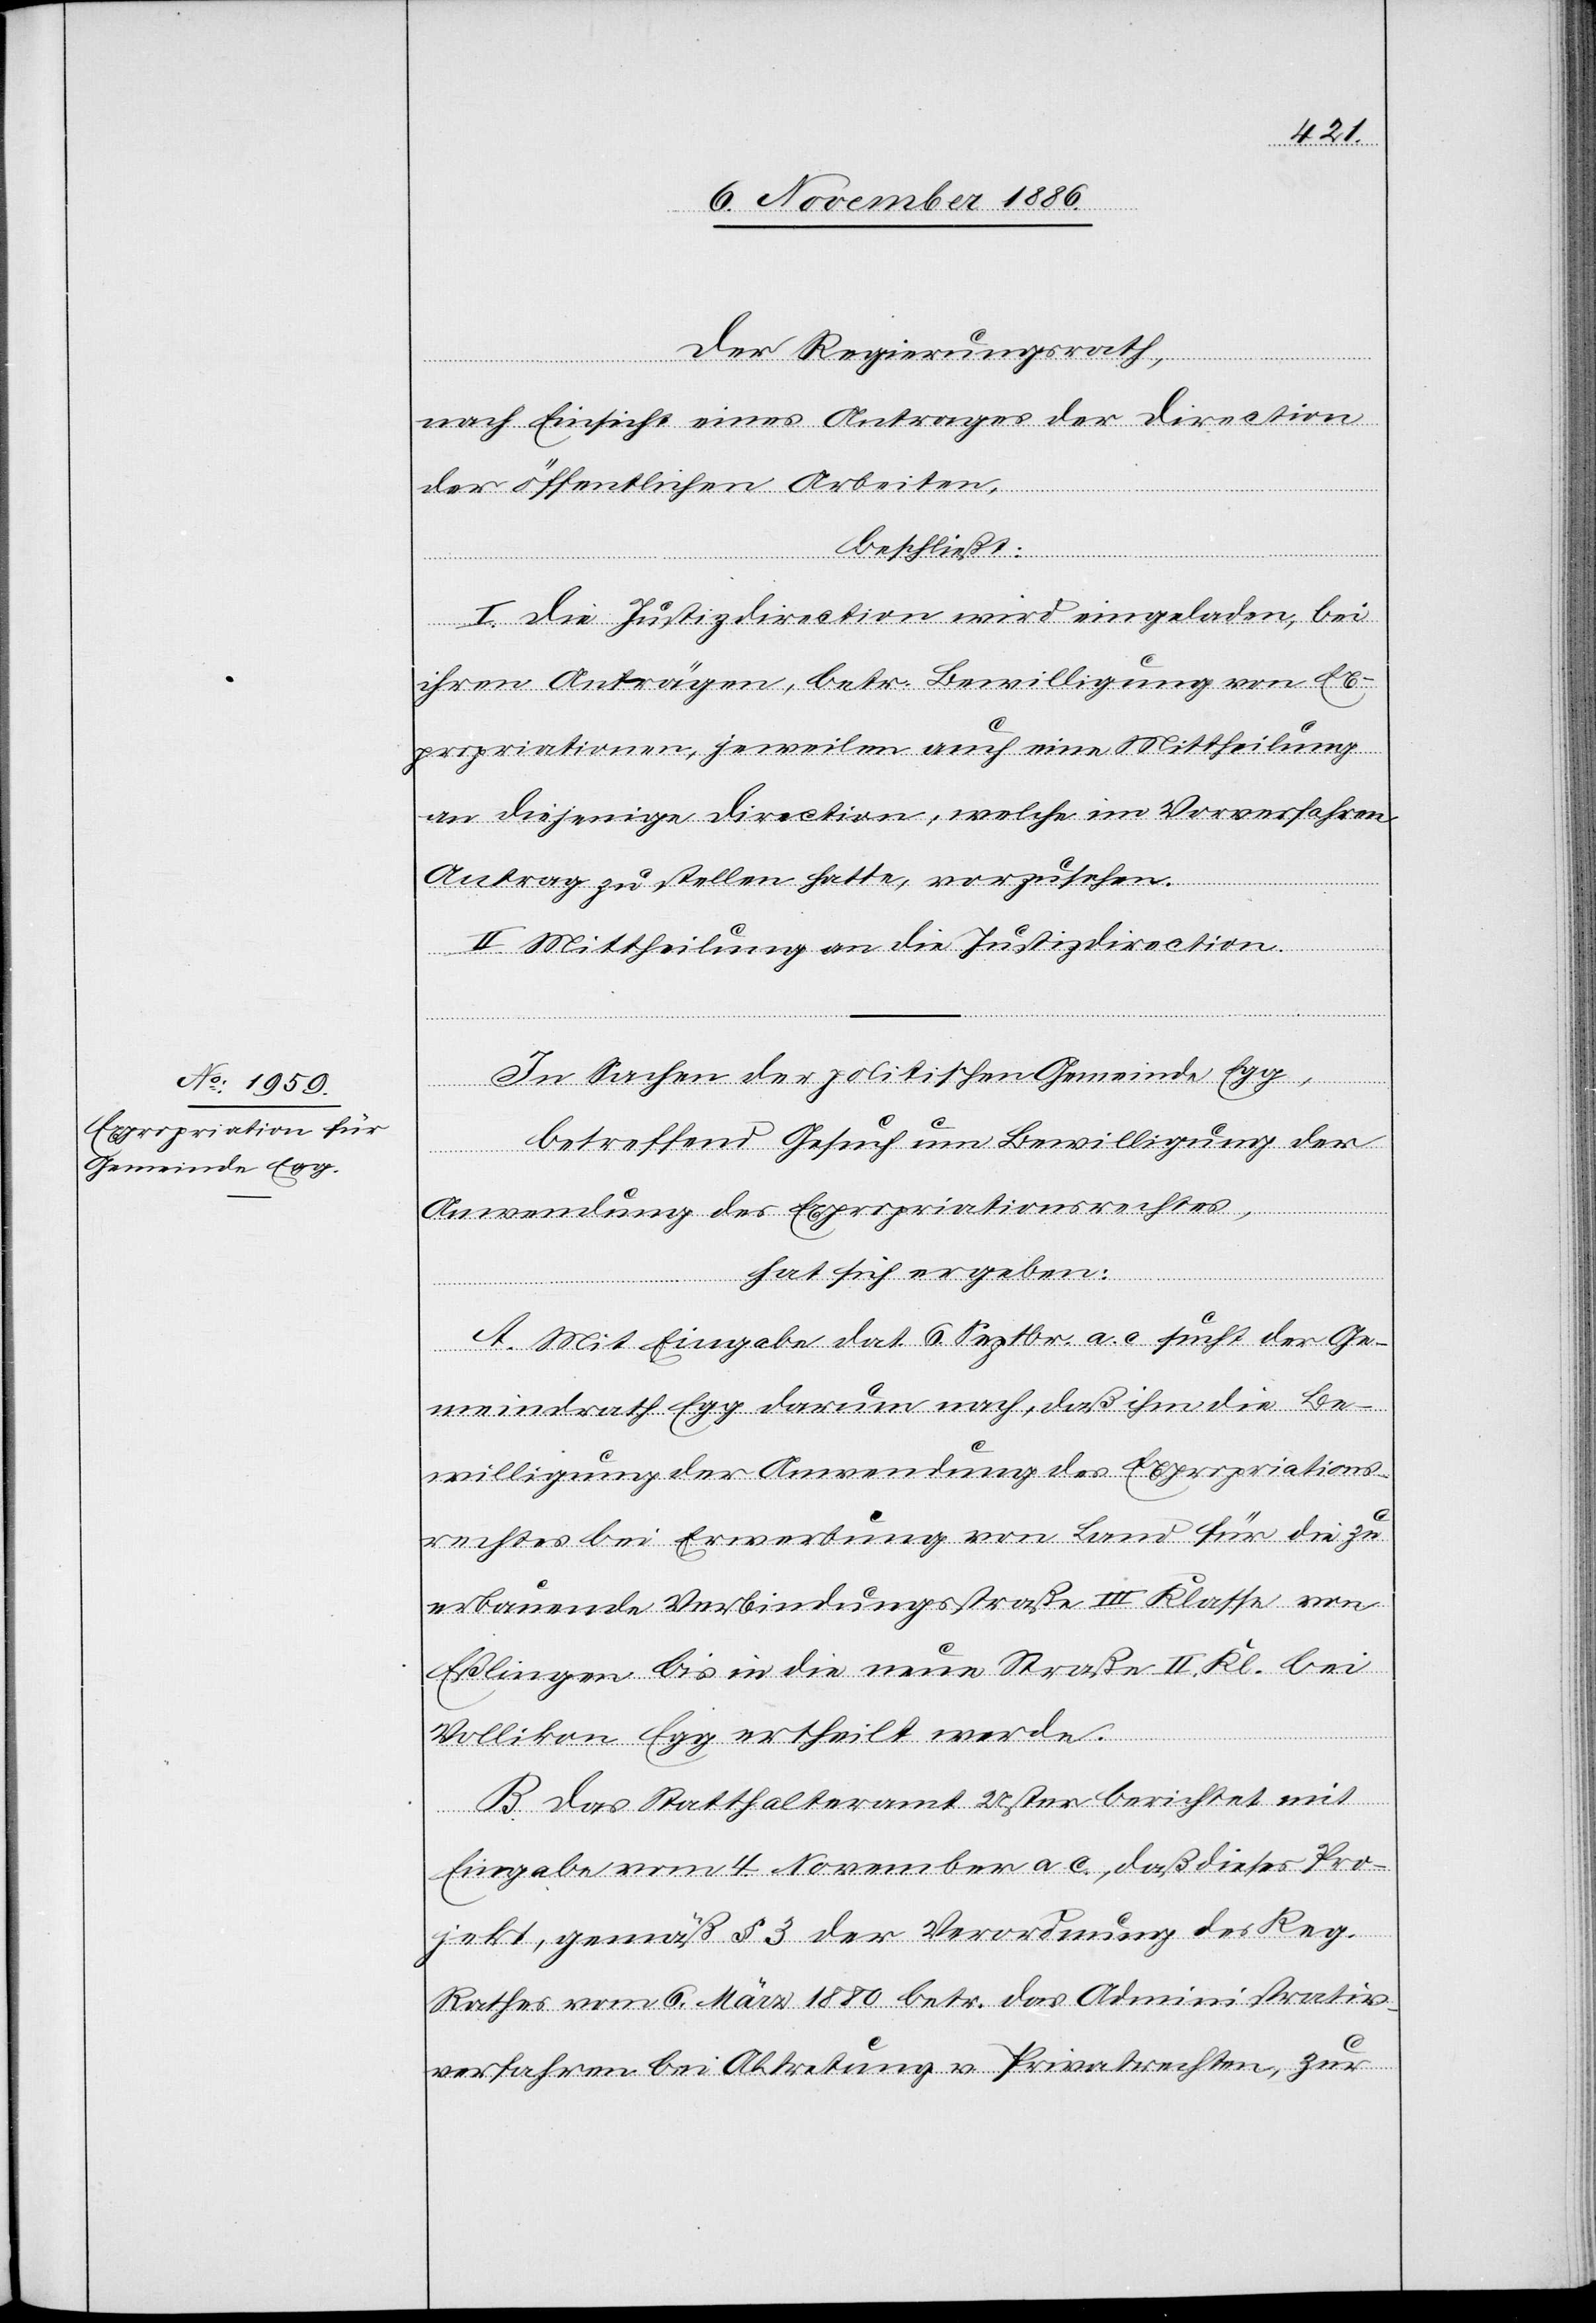
Der Regierungsrath,
nach Einsicht eines Antrages der Direction
der öffentlichen Arbeiten,
beschließt:
I. Die Justizdirection wird eingeladen, bei
ihren Anträgen, betr. Bewilligung von Ex¬
propriationen, jeweilen auch eine Mittheilung
an diejenige Direction, welche im Vorverfahren
Antrag zu stellen hatte, vorzusehen.
II. Mittheilung an die Justizdirection.
In Sachen der politischen Gemeinde Egg,
betreffend Gesuch um Bewilligung der
Anwendung des Expropriationsrechtes,
hat sich ergeben:
A. Mit Eingabe dat. 6. Septbr. a. c. sucht der Ge¬
meindrath Egg darum nach, daß ihm die Be¬
willigung der Anwendung des Expropriations¬
rechtes bei Erwerbung von Land für die zu
erbauende Verbindungsstraße III. Klasse von
Eßlingen bis in die neue Straße II. Kl. bei
Vollikon - Egg ertheilt werde.
B. Das Statthalteramt Uster berichtet mit
Eingabe vom 4. November a. c., daß dieses Pro¬
jekt, gemäß § 3 der Verordnung des Reg.
Rathes vom 6. März 1880 betr. das Administrativ¬
verfahren bei Abtretung v. Privatrechten, zur